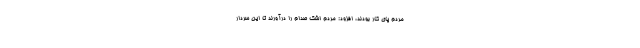
مردم پای کار بودند، افزود: مردم اشک صدام را درآورند تا این سردار